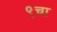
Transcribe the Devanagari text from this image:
९चा